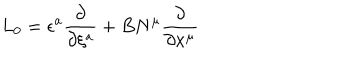
L _ { 0 } = \epsilon ^ { a } \frac { \partial } { \partial \xi ^ { a } } + B N ^ { \mu } \frac { \partial } { \partial x ^ { \mu } }